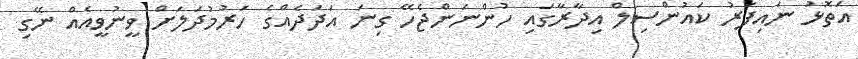
އަތޮޅު ނައިފަރު ކައުންސިލް އިދާރާގައި ހުންނަންޖެހޭ ގިނަ އަދަދެއްގެ ހަރުމުދަލަށް ވީނުވީއެއް ނޭގި